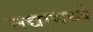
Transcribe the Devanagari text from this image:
नद्यामध्ये